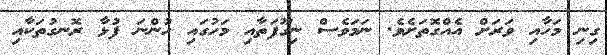
ގިނި މަހާއި ވަރަށް އެއްގޮތަށެވެ. ނަމަވެސް ނިގޫފަތާއި މަހުގައި ހުންނަ ފުޅާ ރޮނގުތަކާއި